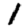
Digit: 1